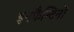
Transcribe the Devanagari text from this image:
इनफैन्टिनो